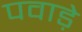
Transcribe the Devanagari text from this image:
पवाड़े